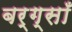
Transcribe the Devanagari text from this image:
बर्ग्साँ